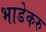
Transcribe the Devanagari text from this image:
भाडेकरु